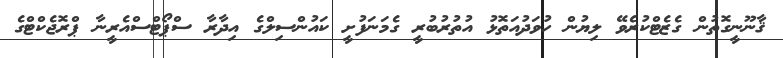
ޤާނޫނީގޮތުން ގެޒެޓްކުރެވޭ ލިޔުން ހުވަދުއަތޮޅު އުތުރުބުރީ ގެމަނަފުށީ ކައުންސިލްގެ އިދާރާ ސްޕޯޓްސްއެރީނާ ޕްރޮޖެކްޓްގެ